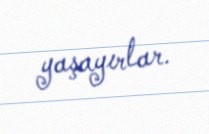
yaşayırlar.